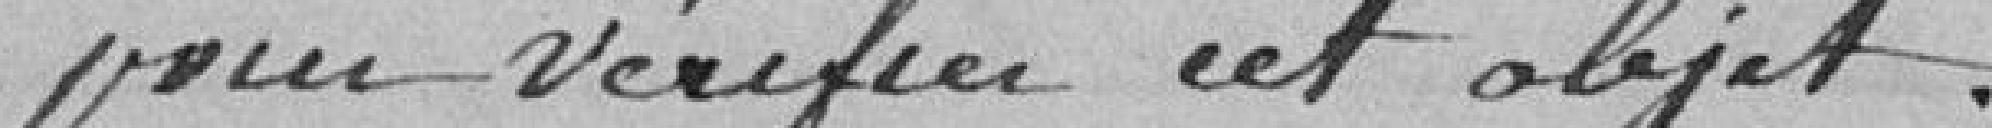
pour vérifier cet objet.